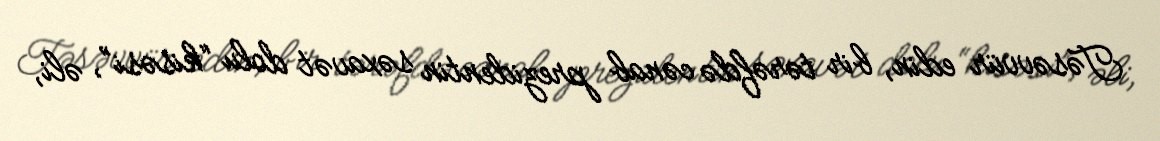
Təsəvvür edin, bir tərəfdə cənab prezidentin səxavət dolu “kisəsi”, əli,